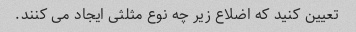
تعیین کنید که اضلاع زیر چه نوع مثلثی ایجاد می کنند.